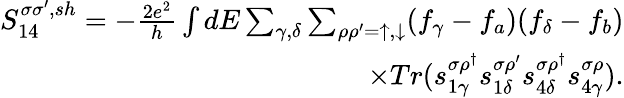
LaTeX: \begin{array}{r}{{S_{14}^{\sigma\sigma^{\prime},sh}}=-\frac{2e^{2}}{h}\int dE\sum_{\gamma,\delta}\sum_{\rho\rho^{\prime}=\uparrow,\downarrow}(f_{\gamma}-f_{a})(f_{\delta}-f_{b})}\\ {\times Tr(s_{1\gamma}^{\sigma\rho^{\dagger}}s_{1\delta}^{\sigma\rho^{\prime}}s_{4\delta}^{\sigma\rho^{\dagger}}s_{4\gamma}^{\sigma\rho}).}\end{array}